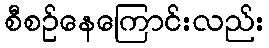
စီစဉ်နေကြောင်းလည်း